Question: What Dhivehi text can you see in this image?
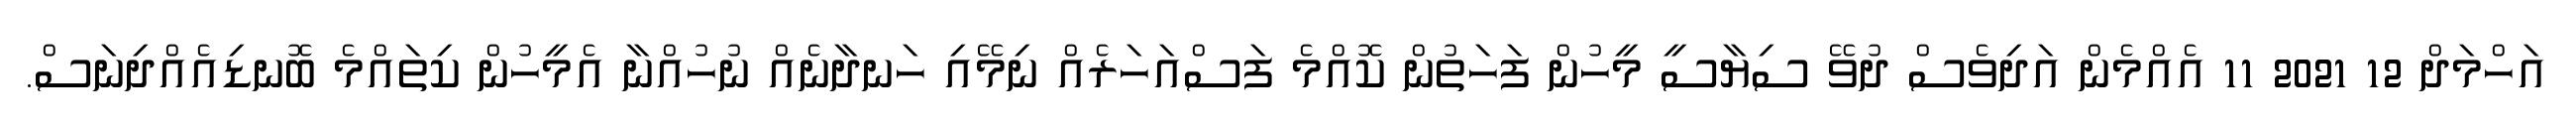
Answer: އަހްމަދް 12 2021 11 އެއްމެން އަދިވެސް ދުވޭ ސިޔާސީ މީހުން ފަހަތުން ކޮއްމެ ފަސްއަހަރެއް ނިމޭއި ހަނދާނެއް ނުހުއްނާ އެމީހުން ކިތައްމެ ބޮނޑިއެއްދިނަސް.